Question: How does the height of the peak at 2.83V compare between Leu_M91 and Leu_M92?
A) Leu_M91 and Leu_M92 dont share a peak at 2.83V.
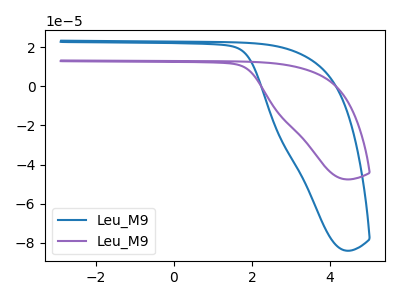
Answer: <think>The blue curve "Leu_M91" has no peaks. The purple curve "Leu_M92" has no peaks.</think>
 <answer>A) "Leu_M91" and "Leu_M92" dont share a peak at 2.83V.</answer>
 <eval>A</eval>